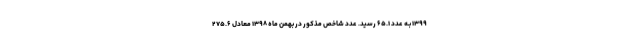
۱۳۹۹ بـه عدد ۶۵.۱ رسید. عدد شاخص مذکور در بهمن ماه ۱۳۹۸ معادل ۲۷۵.۶